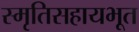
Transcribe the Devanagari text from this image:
स्मृतिसहायभूत